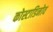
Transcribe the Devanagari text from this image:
कोस्टाडिनोव